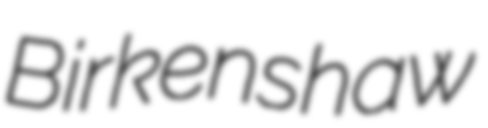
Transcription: Birkenshaw